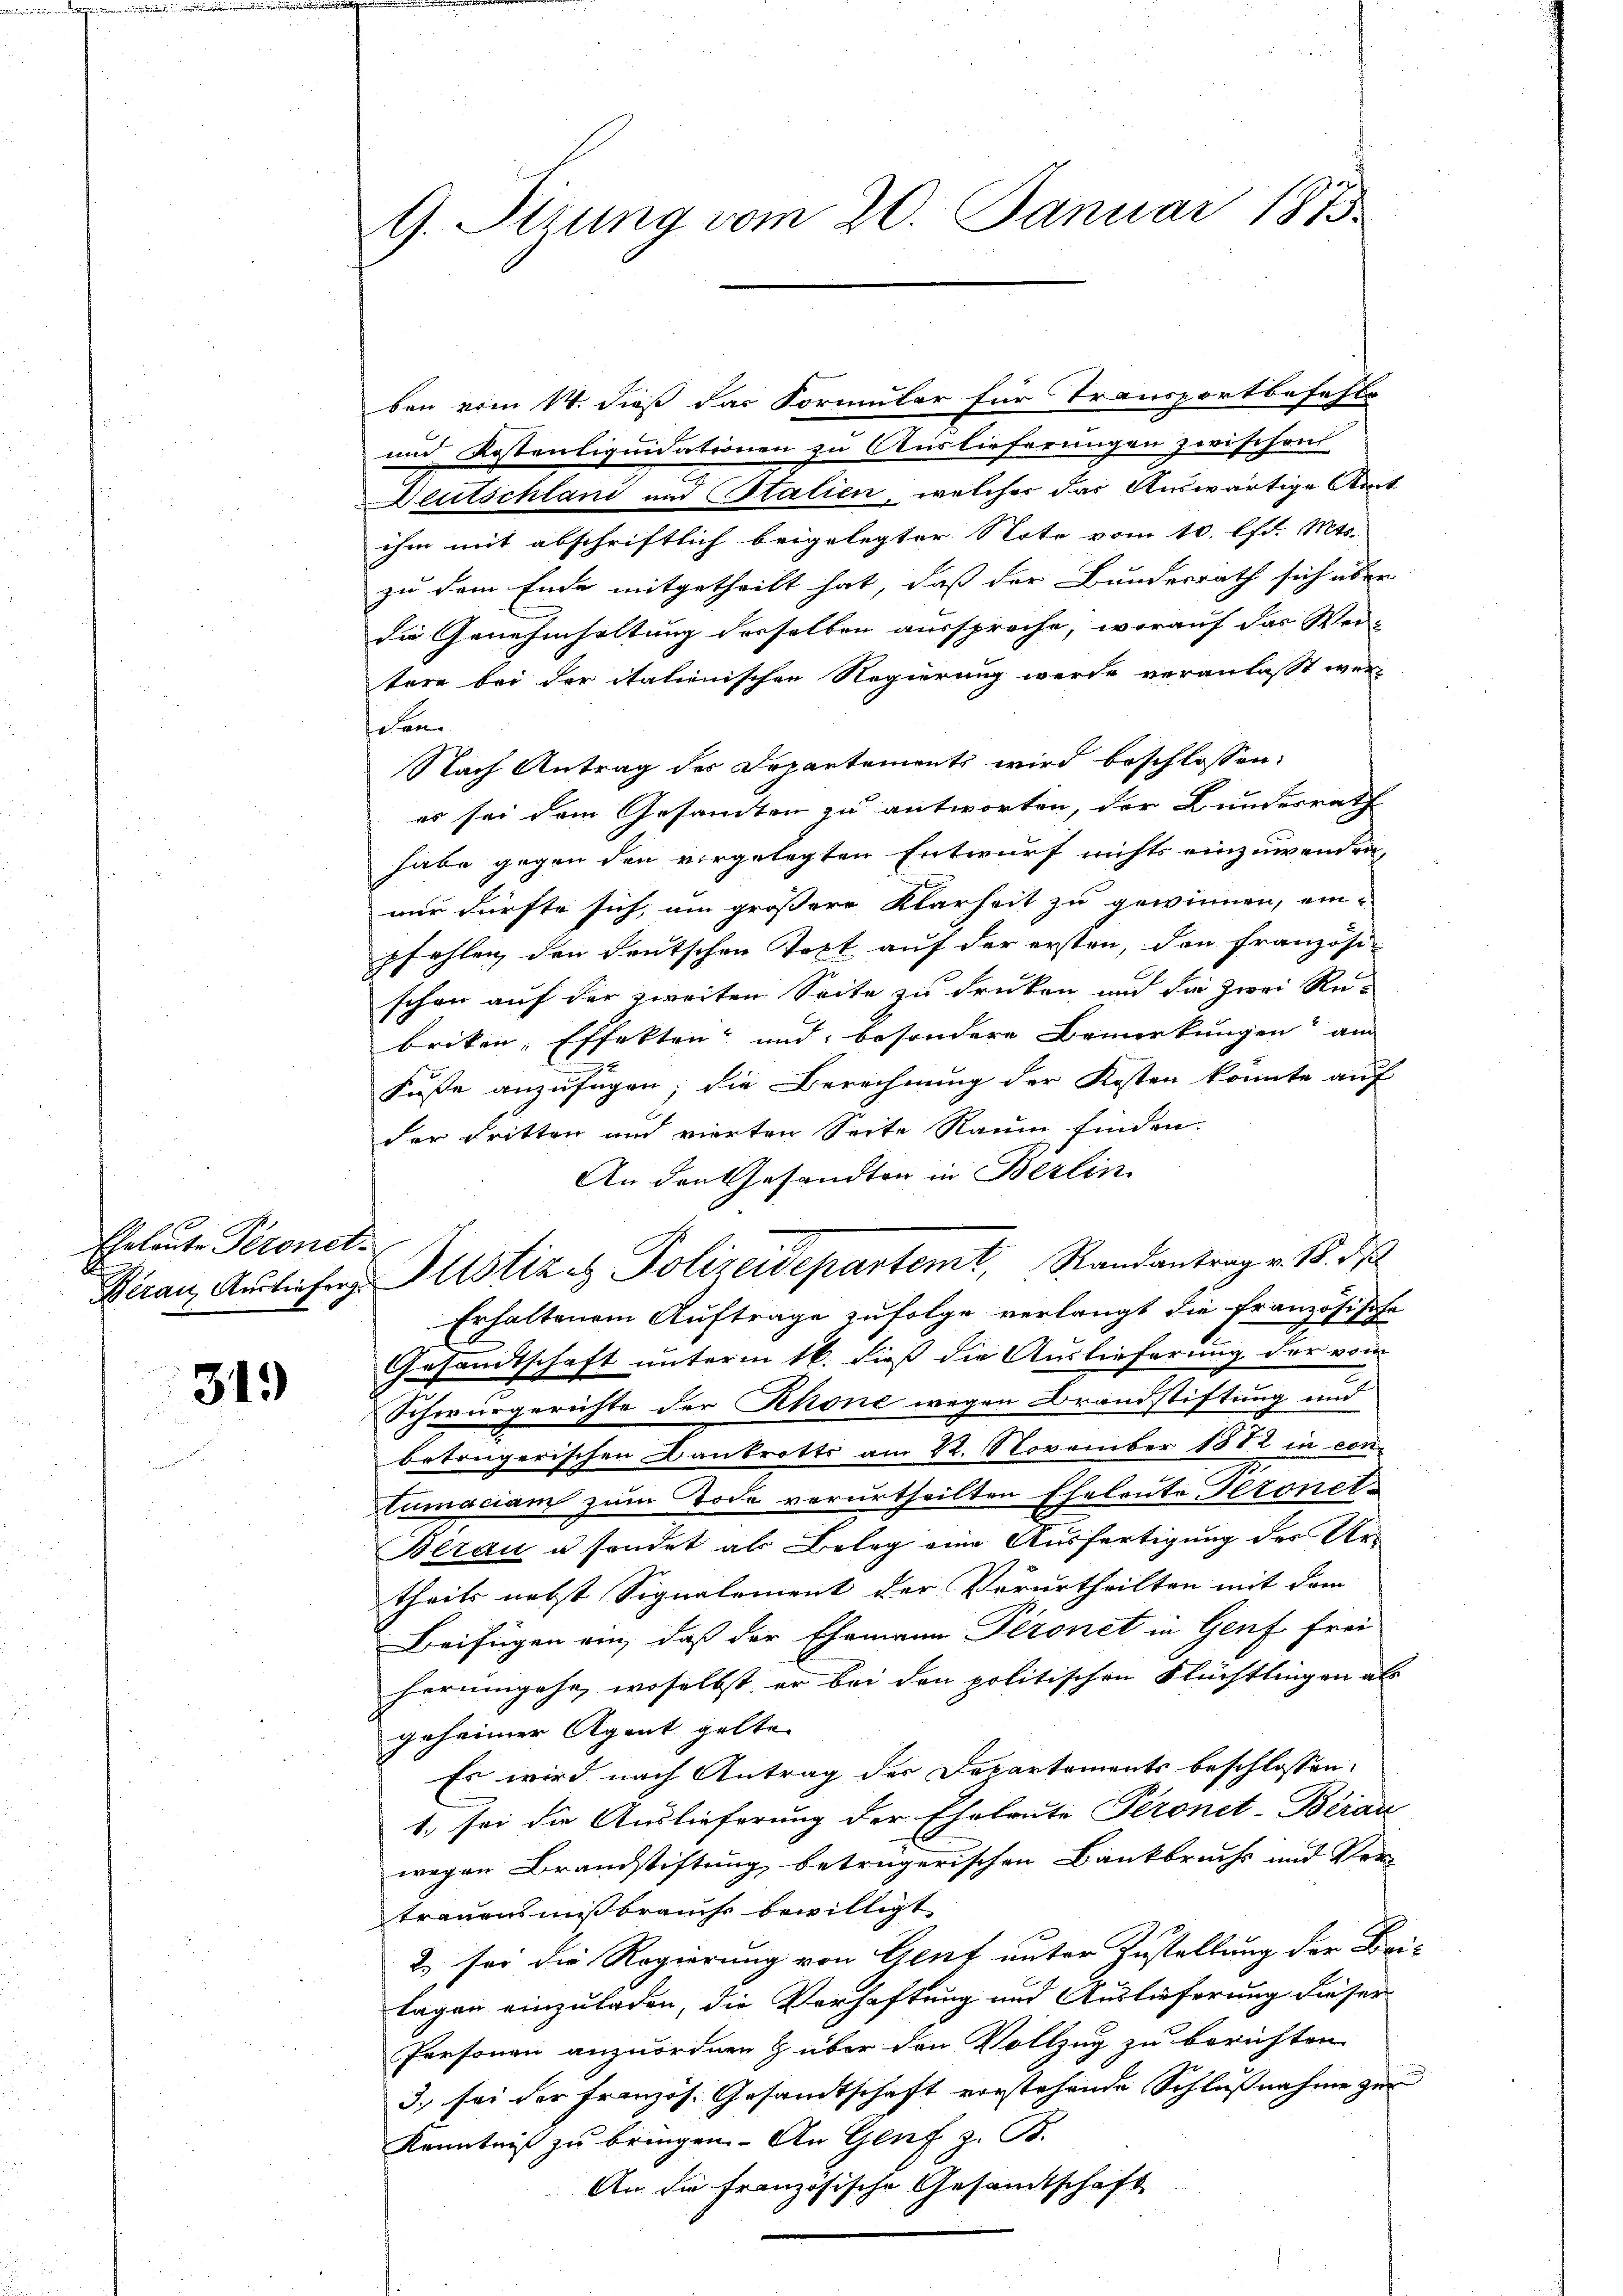
Eheleute Peronet
d

31.)

G. Stzung vom 20. Januar 1873.

und Kostenliquidationen zu Auslieferungen zwischen
Deutschland und Italien, welcher das Auswärtige Amt
ihm mit abschriftlich beigelegter Noto vom 10. lfd. Mts.
zu dem Ende mitgetheilt hat, daß der Bundesrath sich über
die Genehmhaltung desselben ausspreche, worauf das Wei-
tere bei der italienischen Regierung werde veranlasst werden
Nach Antrag des Departements wird beschlossen:
es sei dem Gesammten zu antworten, der Bundesrath
habe gegen den vorgelegten Entwurf nichts einzuwenden,
nur dürfte sich, um größere Klarheit zu gewinnen, ein-
pfehlen den deutschen Tast auf der ersten, den französischon auf der zweiten Seite zu drücken und die zwei Rebriken; Effekten und besondere Bemerkungen am
Füsse anzufügen; die Berechnung der Kosten könnte auf
der dritten und vierten Seite Raum finden.
An den Gesandten in Berlin
Erhaltenem Auftrage zufolge verlangt die französische
Gesandtschaft unterm 16. dieß die Auslieferung der vom
Schwurgerichte der Rhone wegen Brandstiftung und
betrügerischen Bankrotts am 22. November 1882 in con-
Cumaciam zum Tode verurtheilten Eheleute Heronel-
Berau u sondet als Belag eine Ausfertigung der Ur-
theils nebst Signalement der Verurtheilten mit dem
Beifügen ein, daß der Ehemann Peronet in Genf frei
herumgehe, woselbst er bei den politischen Flüchtlingen als
geheimer Agent gelte
Es wird nach Antrag der Departements beschlossen:
1. sei die Auslieferung der Eheleute Peronit-Berau
wegen Brandstiftung betrügerischen Bankbruchs und Ver-
trauensmißbrauchs bewilligt
2) sei die Regierung von Genf unter Zustellung der Dar
tagen einzuladen, die Verhaftung und Auslieferung dieser
Personen anzuordnen & über den Vollzug zu berichten.
3) sei der Französ. Gesandtschaft vorstehende Schlußnahme zur
Kenntniß zu bringen. An Genf z. B.
An die Französische Gesamtschaft

Kiran Ausliefer Altstiz ez Polizeidepartemt, Randantrag v. B. N

ben vom 14. dieß das Formular für Transportbefehle